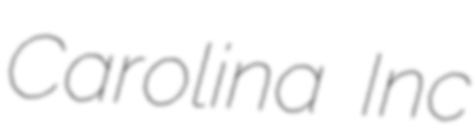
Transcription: Carolina Inc